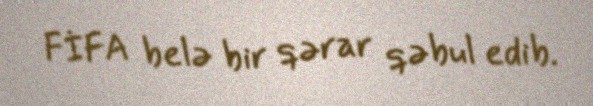
FİFA belə bir qərar qəbul edib.